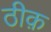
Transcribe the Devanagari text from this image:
ठीक़